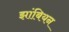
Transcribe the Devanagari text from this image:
झांबियन